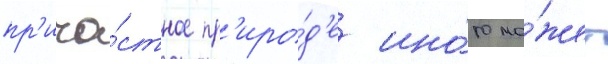
пр'ича́стное пр'иро́д'е ино́го мо́жет